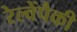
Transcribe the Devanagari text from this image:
रेल्वेंपैकी